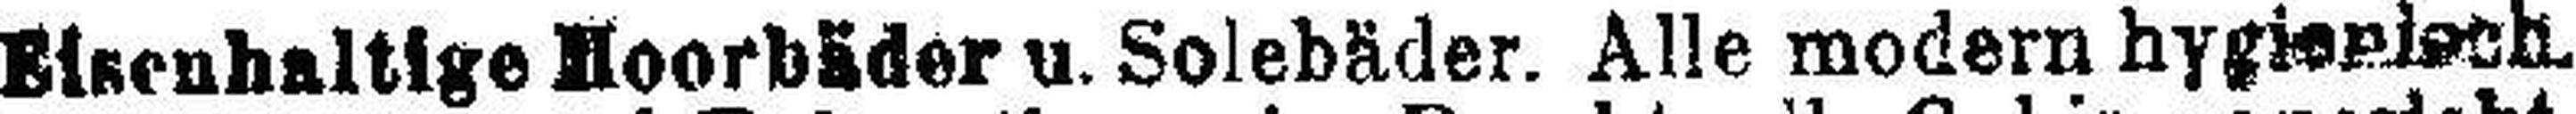
Eisenhaltige Moorbäder u. Solebäder. Alle modern hygieploch.